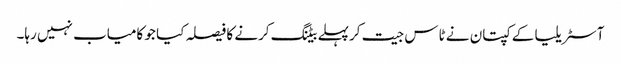
آسٹریلیا کے کپتان نے ٹاس جیت کرپہلے بیٹنگ کرنے کا فیصلہ کیا جو کامیاب نہیں رہا۔